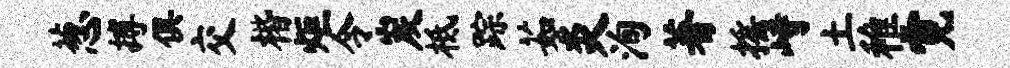
葱搏俱交楷炬令炭柢踪茹炎洵著摇峙土稚霓